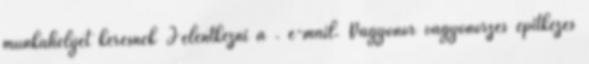
munkahelyet keresnek Jelentkezni a . e-mail. Vagyonőr vagyonőrzés építkezés